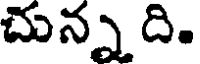
చున్న ది.